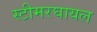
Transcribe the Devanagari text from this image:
स्टीमरघायल